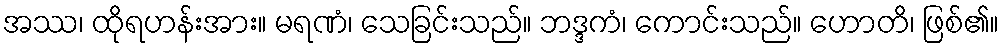
အဿ၊ ထိုရဟန်းအား။ မရဏံ၊ သေခြင်းသည်။ ဘဒ္ဒကံ၊ ကောင်းသည်။ ဟောတိ၊ ဖြစ်၏။